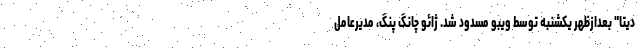
دیتا" بعدازظهر یکشنبه توسط ویبو مسدود شد. ژائو چانگ پنگ، مدیرعامل